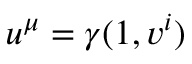
u ^ { \mu } = \gamma ( 1 , v ^ { i } )